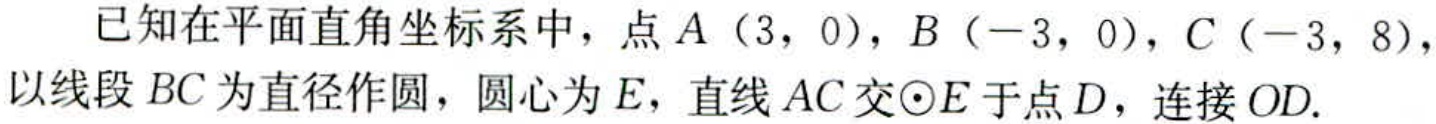
已知在平面直角坐标系中，点\(A(3,0)\)，\(B(-3,0)\)，\(C(-3,8)\)，以线段\(BC\)为直径作圆，圆心为\(E\)，直线\(AC\)交\(\odot E\)于点\(D\)，连接\(OD\).